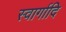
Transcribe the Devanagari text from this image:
स्वार्गादि